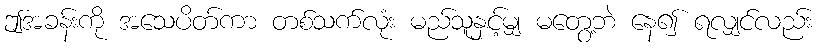
ဤအခန်းကို အသေပိတ်ကာ တစ်သက်လုံး မည်သူနှင့်မျှ မတွေ့ဘဲ နေ၍ ရလျှင်လည်း